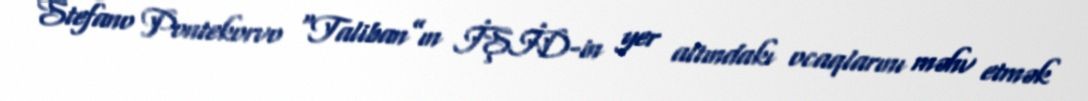
Stefano Pontekorvo “Taliban”ın İŞİD-in yer altındakı ocaqlarını məhv etmək